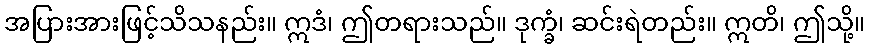
အပြားအားဖြင့်သိသနည်း။ ဣဒံ၊ ဤတရားသည်။ ဒုက္ခံ၊ ဆင်းရဲတည်း။ ဣတိ၊ ဤသို့။